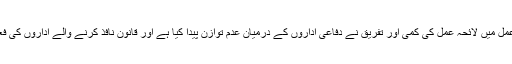
آئین کی وضاحت کے عمل میں لائحہ عمل کی کمی اور تفریق نے دفاعی اداروں کے درمیان عدم توازن پیدا کیا ہے اور قانون نافذ کرنے والے اداروں کی فعالیت کو متاثر کیا ہے ۔